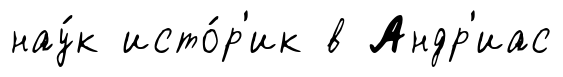
нау́к исто́р'ик в Андр'иас